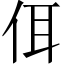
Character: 佴